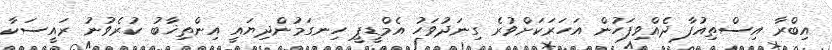
އިބްރާ އިސްތިއުފާ ދެއްވިފަހުން އަހަރަކަށްވުރެ ގިނަދުވަހު އެމްޑީޕީ ހިނގަމުންދިޔައީ އިންތިޚާބު ކުރެވުނު ރައީސަކާ